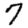
Digit: 7